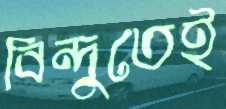
বিন্দুতেই